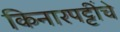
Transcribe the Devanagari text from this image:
किनारपट्टींचे